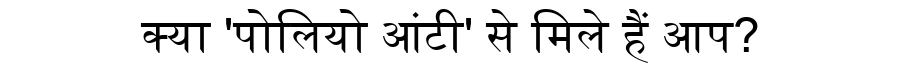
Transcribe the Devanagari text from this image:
क्या 'पोलियो आंटी' से मिले हैं आप?